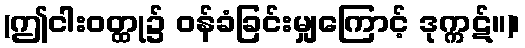
(ဤငါးဝတ္ထု၌ ဝန်ခံခြင်းမျှကြောင့် ဒုက္ကဋ်။)၊